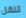
تنقل